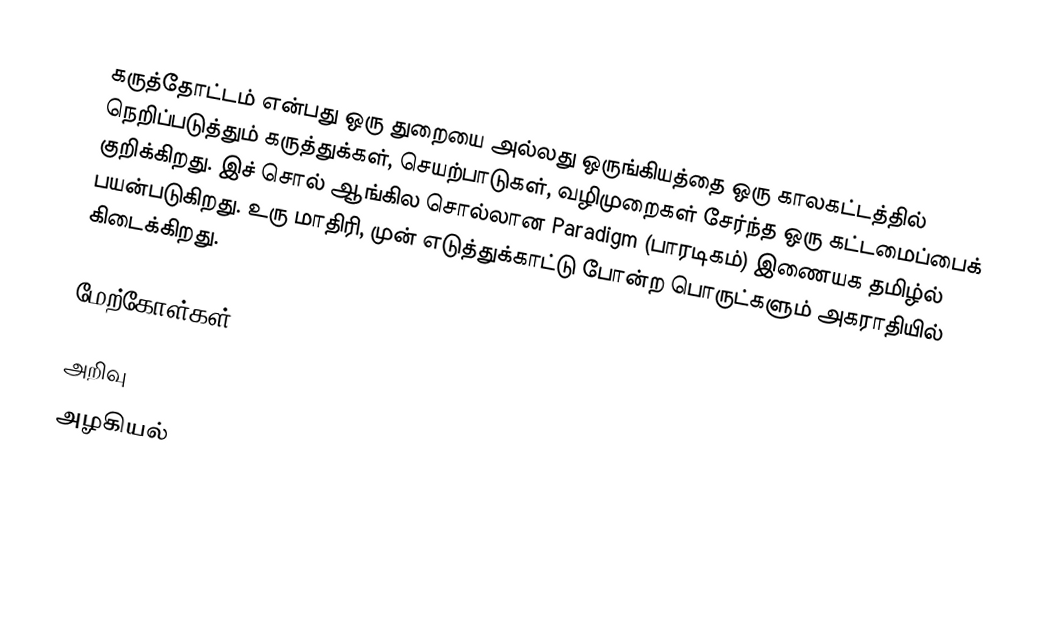
கருத்தோட்டம் என்பது ஒரு துறையை அல்லது ஒருங்கியத்தை ஒரு காலகட்டத்தில் நெறிப்படுத்தும் கருத்துக்கள், செயற்பாடுகள், வழிமுறைகள் சேர்ந்த ஒரு கட்டமைப்பைக் குறிக்கிறது. இச் சொல் ஆங்கில சொல்லான Paradigm (பாரடிகம்) இணையக தமிழ்ல் பயன்படுகிறது. உரு மாதிரி, முன் எடுத்துக்காட்டு போன்ற பொருட்களும் அகராதியில் கிடைக்கிறது.

மேற்கோள்கள்

அறிவு
அழகியல்